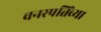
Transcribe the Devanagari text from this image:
वनस्पतिंच्या